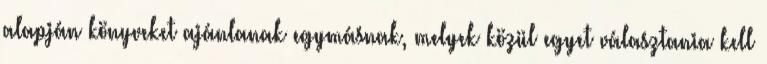
alapján könyveket ajánlanak egymásnak, melyek közül egyet választania kell